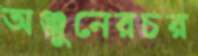
অঞ্জুনেরচর